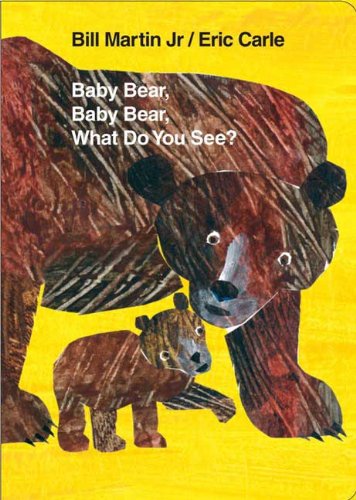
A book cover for Baby Bear, Baby Bear, What Do You See? Board Book (Brown Bear and Friends); Bill Martin; Children's Books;